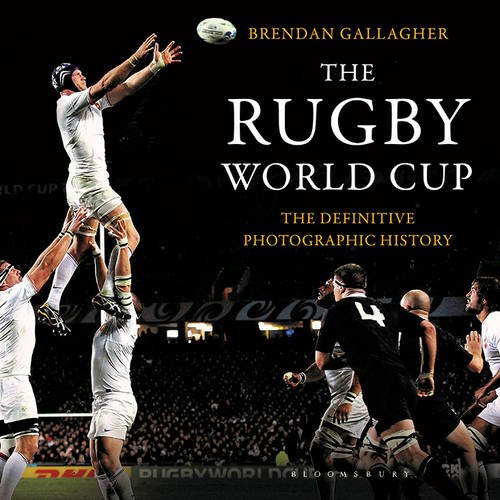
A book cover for The Rugby World Cup: The Definitive Photographic History; Brendan Gallagher; Arts & Photography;